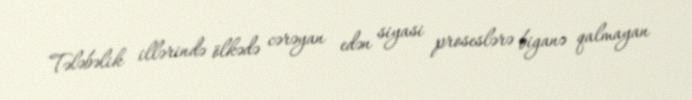
Tələbəlik illərində ölkədə cərəyan edən siyasi proseslərə biganə qalmayan